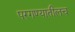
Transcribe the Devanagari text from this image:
परगण्यातीलच